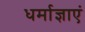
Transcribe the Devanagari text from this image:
धर्माज्ञाएं